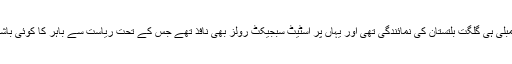
تقسیم ہند سے پہلے متحدہ جموں کشمیر اسمبلی ہی گلگت بلتستان کی نمائندگی تھی اور یہاں پر اسٹیٹ سبجیکٹ رولز بھی نافذ تھے جس کے تحت ریاست سے باہر کا کوئی باشندہ یہاں کی زمین کا مالک نہ بن سکتا تھا۔